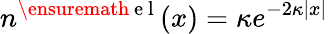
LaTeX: n^{\ensuremath{\mathrm{~e~l~}}}(x)=\kappa e^{-2\kappa|x|}